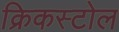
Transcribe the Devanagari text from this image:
क्रिकस्टोल